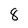
Character: 8